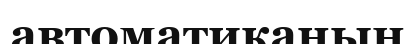
автоматиканың